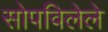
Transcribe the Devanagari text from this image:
सोपविलेले